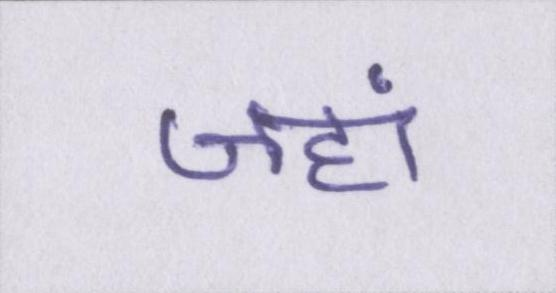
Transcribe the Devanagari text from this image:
जहां